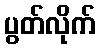
ပွတ်လိုက်